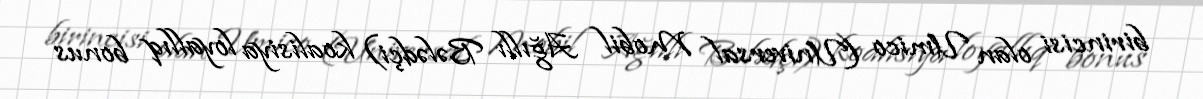
birincisi olan Umico (Universal Mobil Ağıllı Bələdçi) koalisiya loyallıq bonus